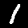
Digit: 1